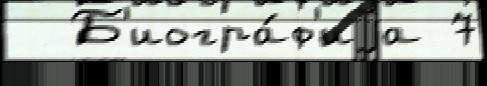
  Б'иогра́ф'иjа 7